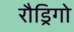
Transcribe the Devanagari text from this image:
रौड्रिगो